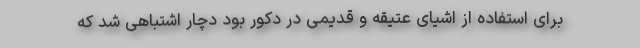
برای استفاده از اشیای عتیقه و قدیمی در دکور بود دچار اشتباهی شد که